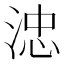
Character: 𣷡